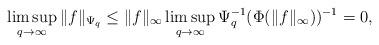
LaTeX: \begin{align*} \limsup_{q\rightarrow\infty}\|f\|_{\Psi_q}\leq\|f\|_\infty\limsup_{q\rightarrow\infty}\Psi_q^{-1}(\Phi(\|f\|_\infty))^{-1}=0,\end{align*}